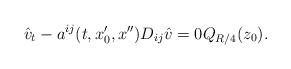
\begin{align*}\hat v_t-a^{ij}(t,x_0',x'')D_{ij}\hat v=0Q_{R/4}(z_0).\end{align*}